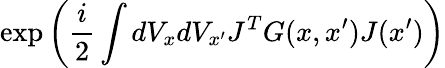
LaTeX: \exp\left(\frac{i}{2}\int dV_{x}dV_{x^{\prime}}J^{T}G(x,x^{\prime})J(x^{\prime})\right)